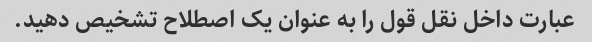
عبارت داخل نقل قول را به عنوان یک اصطلاح تشخیص دهید.